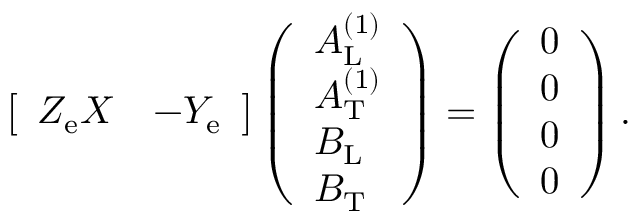
\begin{array} { r } { \left[ \begin{array} { l l } { Z _ { \mathrm { e } } X } & { - Y _ { \mathrm { e } } } \end{array} \right] \left( \begin{array} { l } { A _ { \mathrm { L } } ^ { ( 1 ) } } \\ { A _ { \mathrm { T } } ^ { ( 1 ) } } \\ { B _ { \mathrm { L } } } \\ { B _ { \mathrm { T } } } \end{array} \right) = \left( \begin{array} { l } { 0 } \\ { 0 } \\ { 0 } \\ { 0 } \end{array} \right) . } \end{array}